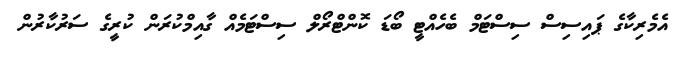
އެމެރިކާގެ ޕައިސިސް ސިސްޓަމް ބެހެއްޓީ ބޯޑަ ކޮންޓްރޯލް ސިސްޓަމެއް ގާއިމްކުރަން ކުރީގެ ސަރުކާރުން